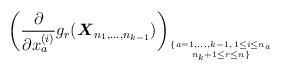
LaTeX: \begin{gather*}\left( {\partial \over \partial x^{(i)}_{a}} g_{r}({\boldsymbol{X}}_{n_1,\ldots,n_{k-1}}) \right)_{\{a=1,\ldots,k-1,\, 1 \le i \le n_{a} \atop n_{k}+1 \le r \le n \}}\end{gather*}